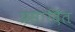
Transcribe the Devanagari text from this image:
प्रसादित